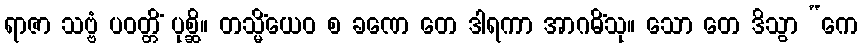
ရာဇာ သဗ္ဗံ ပဝတ္တိံ ပုစ္ဆိ။ တသ္မိံယေဝ စ ခဏေ တေ ဒါရကာ အာဂမိံသု။ သော တေ ဒိသွာ “ကေ